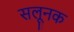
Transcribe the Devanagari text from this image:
सलूनक